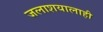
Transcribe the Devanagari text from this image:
जलाशयालाही